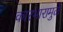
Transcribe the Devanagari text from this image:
कारभारामुळें